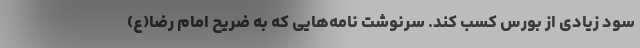
سود زیادی از بورس کسب کند. سرنوشت نامه‌هایی که به ضریح امام رضا(ع)